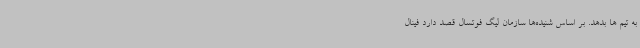
به تیم ها بدهد. بر اساس شنیده‌ها سازمان لیگ فوتسال قصد دارد فینال